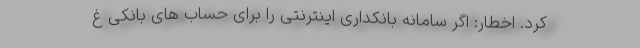
کرد. اخطار: اگر سامانه بانکداری اینترنتی را برای حساب های بانکی غ